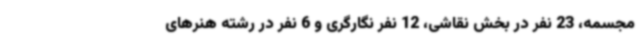
مجسمه، 23 نفر در بخش نقاشی، 12 نفر نگارگری و 6 نفر در رشته هنرهای